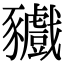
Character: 𧲘